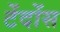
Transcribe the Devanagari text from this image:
टेंदोंस